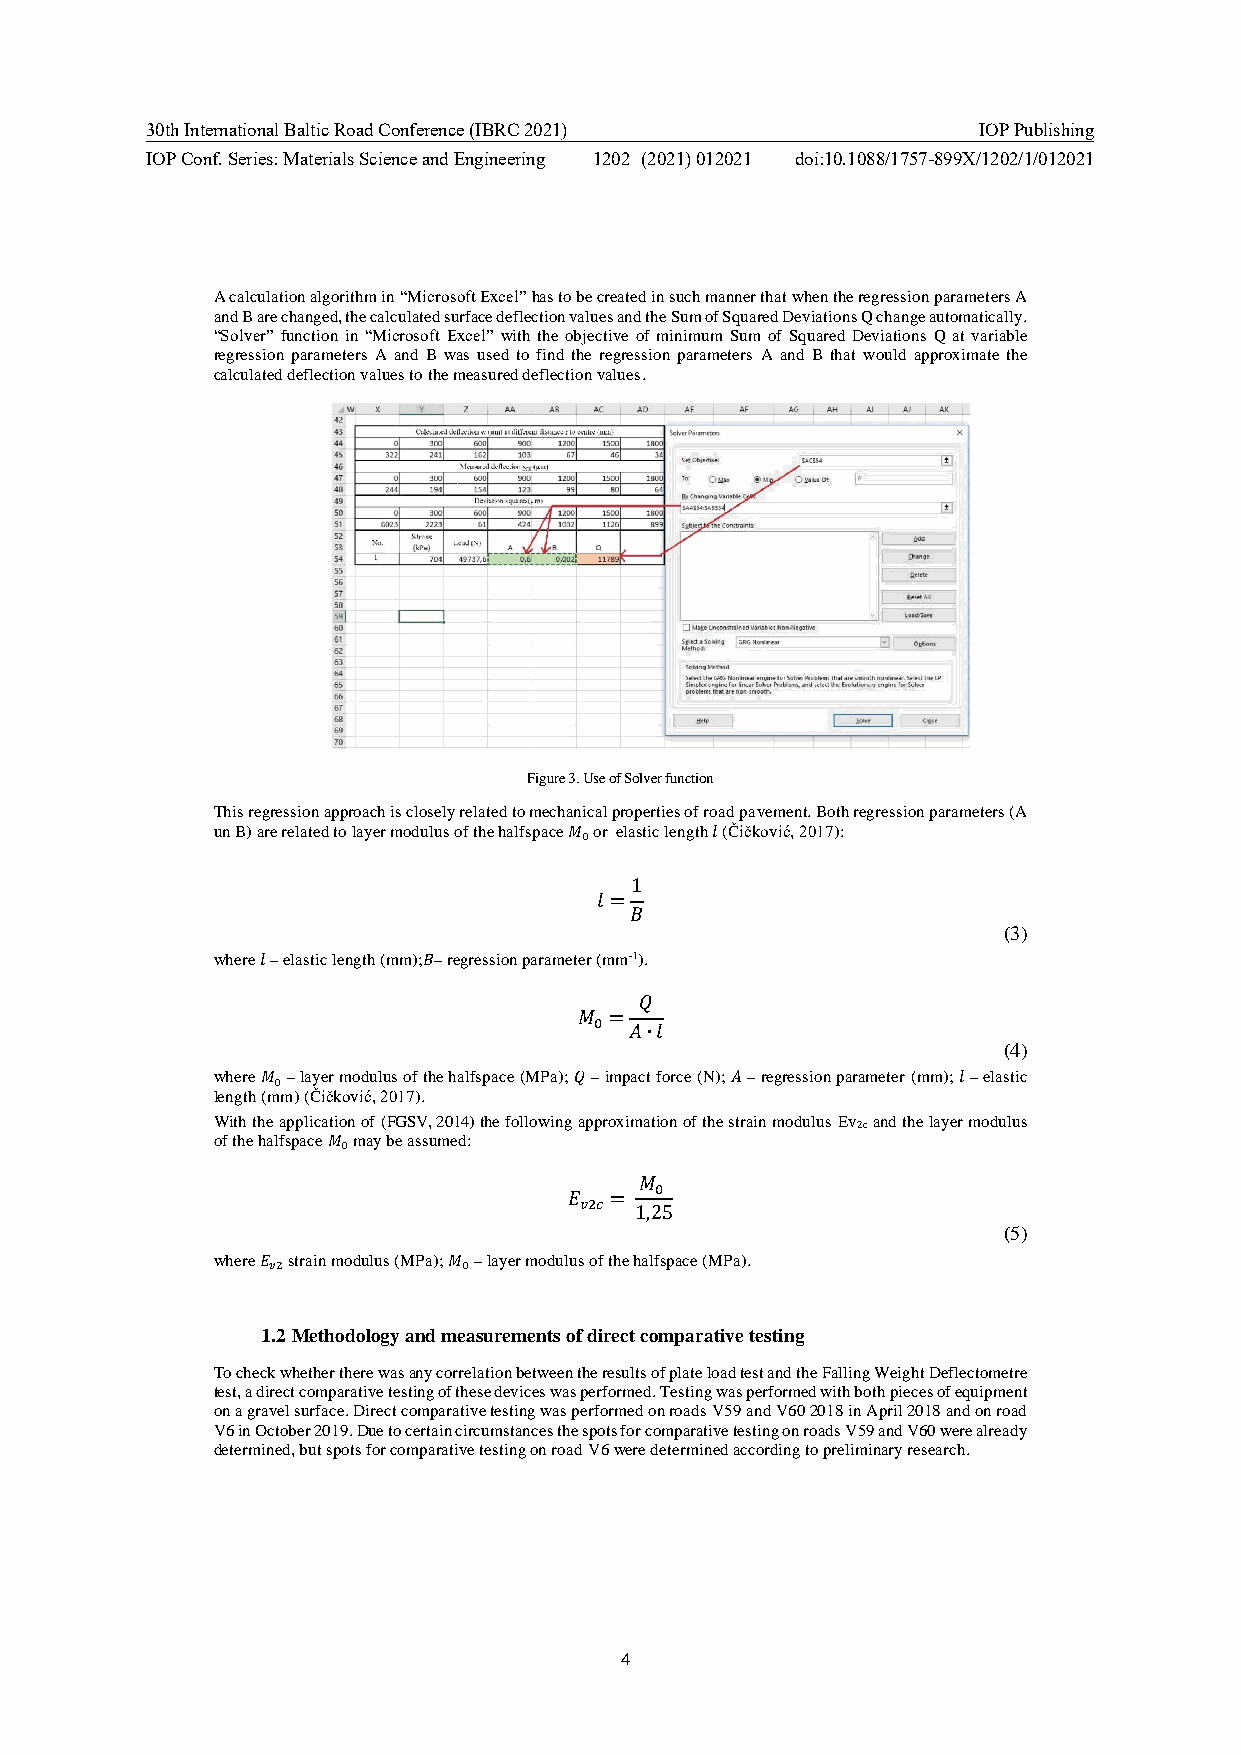
30th International Baltic Road Conference (IBRC 2021)  IOP Publishing
 IOP Conf. Series: Materials Science and Engineering 1202 (2021) 012021 doi:10.1088/1757-899X/1202/1/012021
 A calculation algorithm in “Microsoft Excel” has to be created in such manner that when the regression parameters A
 and B are changed, the calculated surface deflection values and the Sum of Squared Deviations Q change automatically.
 “Solver” function in “Microsoft Excel” with the objective of minimum Sum of Squared Deviations Q at variable
 regression parameters A and B was used to find the regression parameters A and B that would approximate the
 calculated deflection values to the measured deflection values.
 Figure 3. Use of Solver function
 This regression approach is closely related to mechanical properties of road pavement. Both regression parameters (A
 un B) are related to layer modulus of the halfspace 𝑀 or elastic length 𝑙 (Čičković, 2017):
 0
 1
 𝑙 =
 𝐵
 (3)
 where 𝑙 – elastic length (mm);𝐵– regression parameter (mm-1).
 𝑄
 𝑀 =
 0  𝐴∙𝑙
 (4)
 where 𝑀 – layer modulus of the halfspace (MPa); 𝑄 – impact force (N); 𝐴 – regression parameter (mm); 𝑙 – elastic
 0
 length (mm) (Čičković, 2017).
 With the application of (FGSV, 2014) the following approximation of the strain modulus Ev2c and the layer modulus
 of the halfspace 𝑀 may be assumed:
 0
 𝑀
 0
 𝐸 =
 𝑣2𝑐 1,25
 (5)
 where 𝐸 strain modulus (MPa); 𝑀 – layer modulus of the halfspace (MPa).
 𝑣2           0
 1.2 Methodology and measurements of direct comparative testing
 To check whether there was any correlation between the results of plate load test and the Falling Weight Deflectometre
 test, a direct comparative testing of these devices was performed. Testing was performed with both pieces of equipment
 on a gravel surface. Direct comparative testing was performed on roads V59 and V60 2018 in April 2018 and on road
 V6 in October 2019. Due to certain circumstances the spots for comparative testing on roads V59 and V60 were already
 determined, but spots for comparative testing on road V6 were determined according to preliminary research.
 4